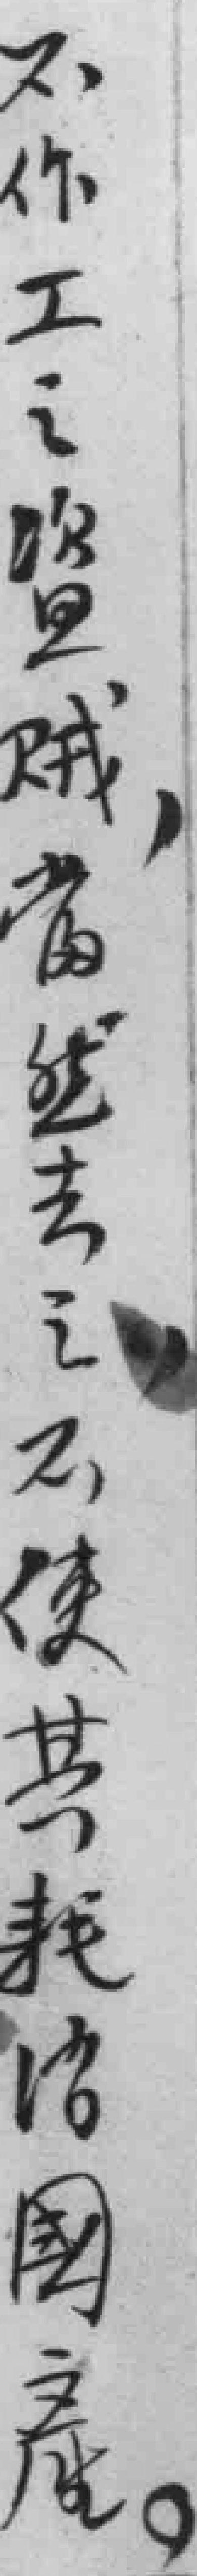
不作工之盗贼，當然去之，不使其耗*國產。